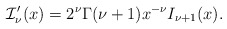
\begin{align*}\mathcal{I}_{\nu}'(x)=2^{\nu}\Gamma(\nu+1)x^{-\nu}I_{\nu+1}(x).\end{align*}